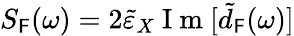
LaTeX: S_{\mathsf{F}}(\omega)=2\tilde{{\varepsilon}}_{X}\mathrm{{~I~m~}}[\tilde{{d}}_{\mathsf{F}}(\omega)]